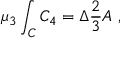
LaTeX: \mu _ { 3 } \int _ { C } C _ { 4 } = \Delta \frac { 2 } { 3 } A \ ,